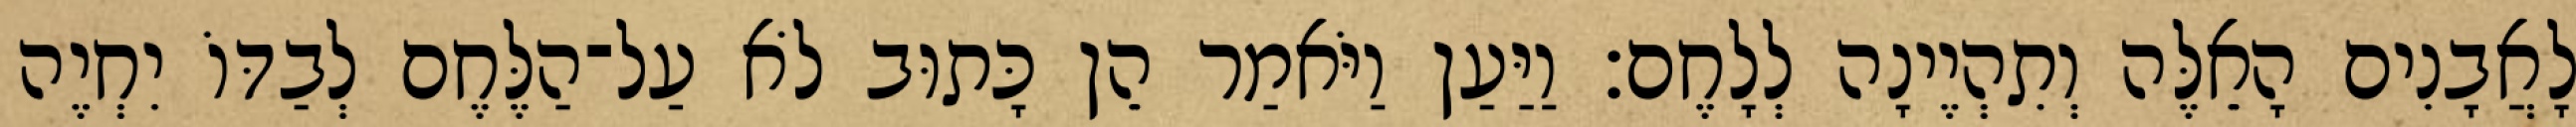
לָאֲבָנִים הָאֵלֶּה וְתִהְיֶינָה לְלָחֶם׃ וַיַּעַן וַיֹּאמַר הֵן כָּתוּב לֹא עַל־הַלֶּחֶם לְבַדּוֹ יִחְיֶה